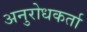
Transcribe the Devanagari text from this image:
अनुरोधकर्ता